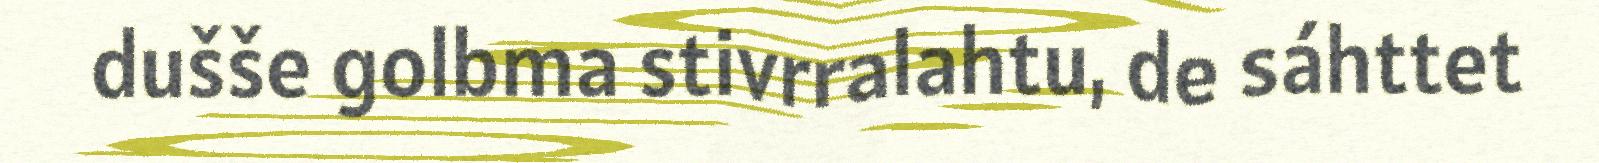
dušše golbma stivrralahtu, de sáhttet